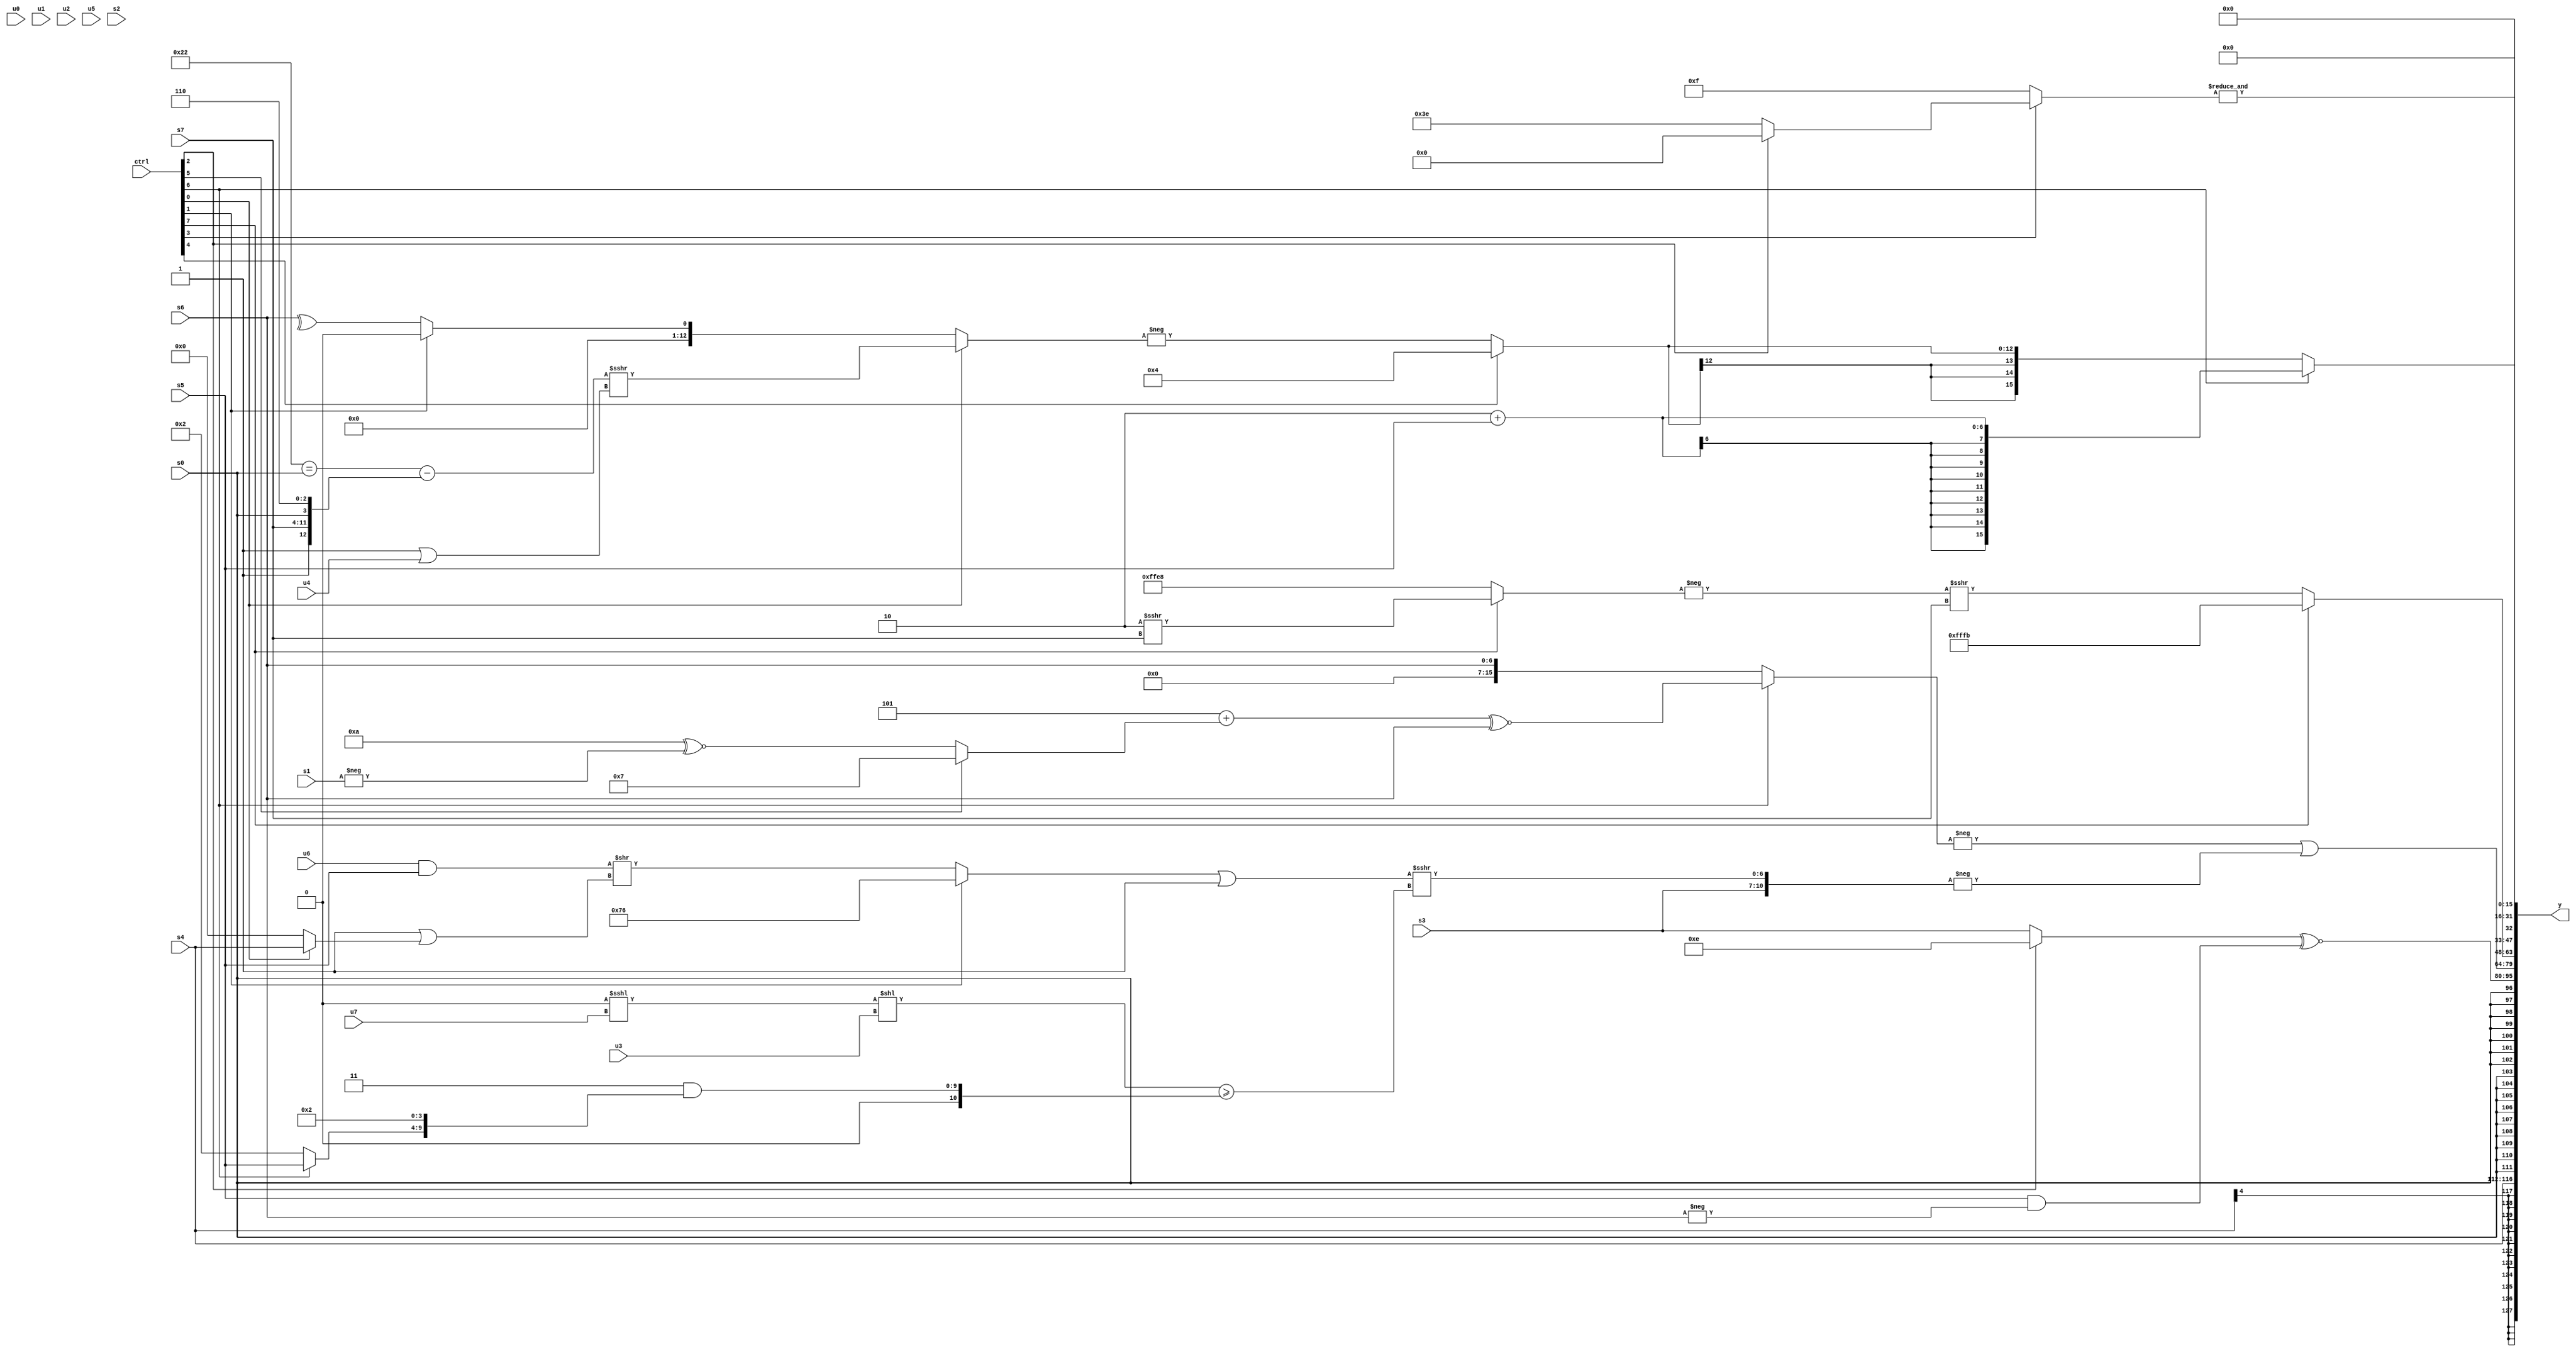
module wideexpr_00858(ctrl, u0, u1, u2, u3, u4, u5, u6, u7, s0, s1, s2, s3, s4, s5, s6, s7, y);
  input [7:0] ctrl;
  input [0:0] u0;
  input [1:0] u1;
  input [2:0] u2;
  input [3:0] u3;
  input [4:0] u4;
  input [5:0] u5;
  input [6:0] u6;
  input [7:0] u7;
  input signed [0:0] s0;
  input signed [1:0] s1;
  input signed [2:0] s2;
  input signed [3:0] s3;
  input signed [4:0] s4;
  input signed [5:0] s5;
  input signed [6:0] s6;
  input signed [7:0] s7;
  output [127:0] y;
  wire [15:0] y0;
  wire [15:0] y1;
  wire [15:0] y2;
  wire [15:0] y3;
  wire [15:0] y4;
  wire [15:0] y5;
  wire [15:0] y6;
  wire [15:0] y7;
  assign y = {y0,y1,y2,y3,y4,y5,y6,y7};
  assign y0 = s4;
  assign y1 = s0;
  assign y2 = +(+(((ctrl[2]?4'sb1110:s3))^~((s5)&(-(s6)))));
  assign y3 = (-((ctrl[6]?((3'sb101)+(+((ctrl[5]?5'sb00111:(5'sb01010)^~(-(s1))))))^~(s6):s6)))|(-({s3,(((ctrl[1]?5'sb10110:($signed((u6)&(s5)))>>((1'sb1)|((ctrl[0]?s4:4'sb0000)))))|(+((1'sb1)^~(3'sb111))))>>>((+((((s1)<<(5'sb11001))<<<($signed(u7)))<<({1{u3}})))>=($signed((2'b11)&({4'sb0000,(ctrl[6]?s5:3'sb010),3'sb001,$signed(1'sb0)}))))}));
  assign y4 = (ctrl[7]?4'sb1011:(-((ctrl[7]?(3'sb110)>>>(s7):6'sb101000)))>>>(s7));
  assign y5 = &((ctrl[3]?(ctrl[2]?+({-(2'b00)}):-((2'sb10)>>>($signed(2'sb00)))):6'sb001111));
  assign y6 = (ctrl[6]?(3'sb110)+(s5):$signed((ctrl[4]?$signed(5'sb00100):-((ctrl[0]?(((6'sb100010)==(s0))-({1'b1,s7,s0,3'sb110}))>>>($signed((3'b001)|(u4))):^((ctrl[1]?(1'sb0)<<(1'sb0):^(s6))))))));
  assign y7 = 2'sb00;
endmodule